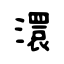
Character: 澴